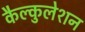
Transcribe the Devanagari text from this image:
कैल्कुलेशन